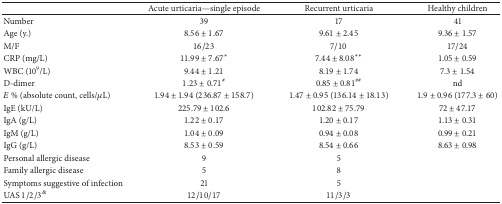
<table><thead><tr><td><b> </b></td><td><b>Acute urticaria—single episode</b></td><td><b>Recurrent urticaria</b></td><td><b>Healthy children</b></td></tr></thead><tbody><tr><td>Number</td><td>39</td><td>17</td><td>41</td></tr><tr><td>Age (y.)</td><td>8.56 ± 1.67</td><td>9.61 ± 2.45</td><td>9.36 ± 1.57</td></tr><tr><td>M/F</td><td>16/23</td><td>7/10</td><td>17/24</td></tr><tr><td>CRP (mg/L)</td><td>11.99 ± 7.67*</td><td>7.44 ± 8.08**</td><td>1.05 ± 0.59</td></tr><tr><td>WBC (10<sup>9</sup>/L)</td><td>9.44 ± 1.21</td><td>8.19 ± 1.74</td><td>7.3 ± 1.54</td></tr><tr><td>D-dimer</td><td>1.23 ± 0.71<sup>#</sup></td><td>0.85 ± 0.81<sup>##</sup></td><td>nd</td></tr><tr><td><i>E</i> % (absolute count, cells/<i>μ</i>L)</td><td>1.94 ± 1.94 (236.87 ± 158.7)</td><td>1.47 ± 0.95 (136.14 ± 18.13)</td><td>1.9 ± 0.96 (177.3 ± 60)</td></tr><tr><td>IgE (kU/L)</td><td>225.79 ± 102.6</td><td>102.82 ± 75.79</td><td>72 ± 47.17</td></tr><tr><td>IgA (g/L)</td><td>1.22 ± 0.17</td><td>1.20 ± 0.17</td><td>1.13 ± 0.31</td></tr><tr><td>IgM (g/L)</td><td>1.04 ± 0.09</td><td>0.94 ± 0.08</td><td>0.99 ± 0.21</td></tr><tr><td>IgG (g/L)</td><td>8.53 ± 0.59</td><td>8.54 ± 0.66</td><td>8.63 ± 0.98</td></tr><tr><td>Personal allergic disease</td><td>9</td><td>5</td><td> </td></tr><tr><td>Family allergic disease</td><td>5</td><td>8</td><td> </td></tr><tr><td>Symptoms suggestive of infection</td><td>21</td><td>5</td><td> </td></tr><tr><td>UAS 1/2/3<sup>&amp;</sup></td><td>12/10/17</td><td>11/3/3</td><td> </td></tr></tbody></table>